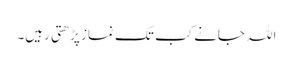
اللہ جانے کب تک نماز پڑھتی رہیں۔